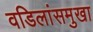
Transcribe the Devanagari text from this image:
वडिलांसमुखा